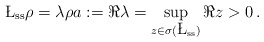
\begin{align*} \L_{\rm ss} \rho = \lambda \rho a := \Re \lambda = \sup_{z \in \sigma(\L_{\rm ss})} \Re z > 0 \, .\end{align*}